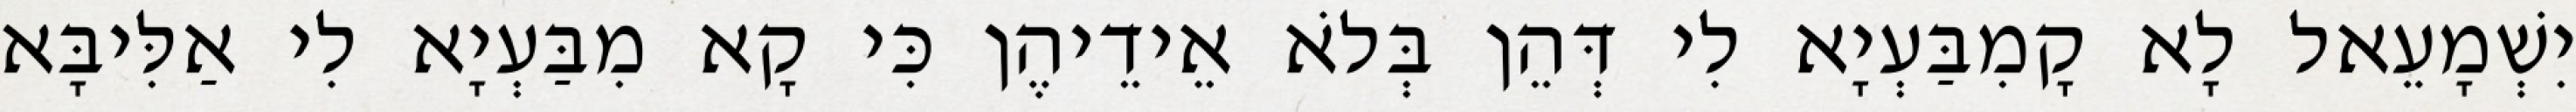
יִשְׁמָעֵאל לָא קָמִבַּעְיָא לִי דְּהֵן בְּלֹא אֵידֵיהֶן כִּי קָא מִבַּעְיָא לִי אַלִּיבָּא